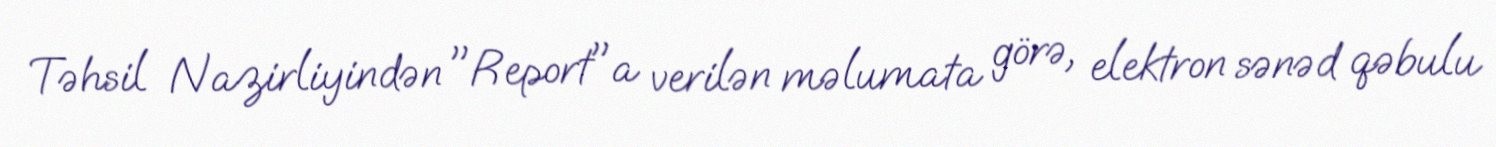
Təhsil Nazirliyindən "Report"a verilən məlumata görə, elektron sənəd qəbulu